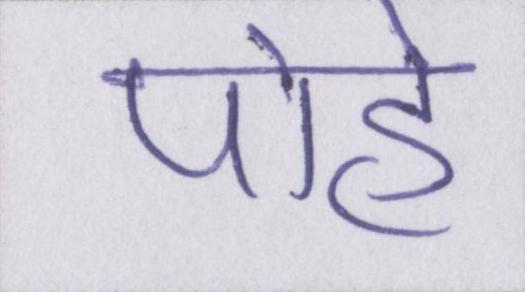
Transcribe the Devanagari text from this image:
पोहे